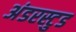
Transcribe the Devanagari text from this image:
अंडरस्टुड